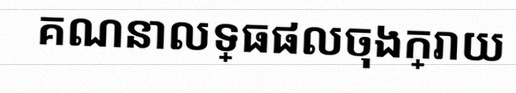
គណនាលទ្ធផលចុងក្រោយ